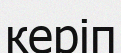
керіп